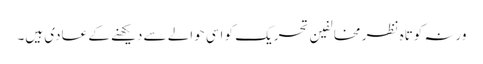
ورنہ کوتاہ نظر مخالفین تحریک کو اسی حوالے سے دیکھنے کے عادی ہیں۔